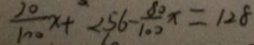
\frac { 2 0 } { 1 0 0 } x + 2 5 6 - \frac { 8 0 } { 1 0 0 } x = 1 2 8